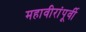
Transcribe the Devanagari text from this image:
महावीरांंपूर्वी